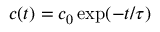
c ( t ) = c _ { 0 } \exp ( - t / \tau )